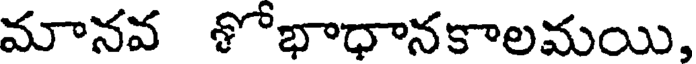
మానవ శోభాధానకాలమయి,